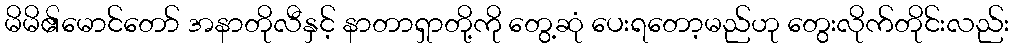
မိမိ၏မောင်တော် အနာတိုလီနှင့် နာတာရှာတို့ကို တွေ့ဆုံ ပေးရတော့မည်ဟု တွေးလိုက်တိုင်းလည်း